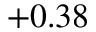
+ 0 . 3 8